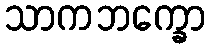
သာကဘက္ခော